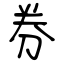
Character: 券